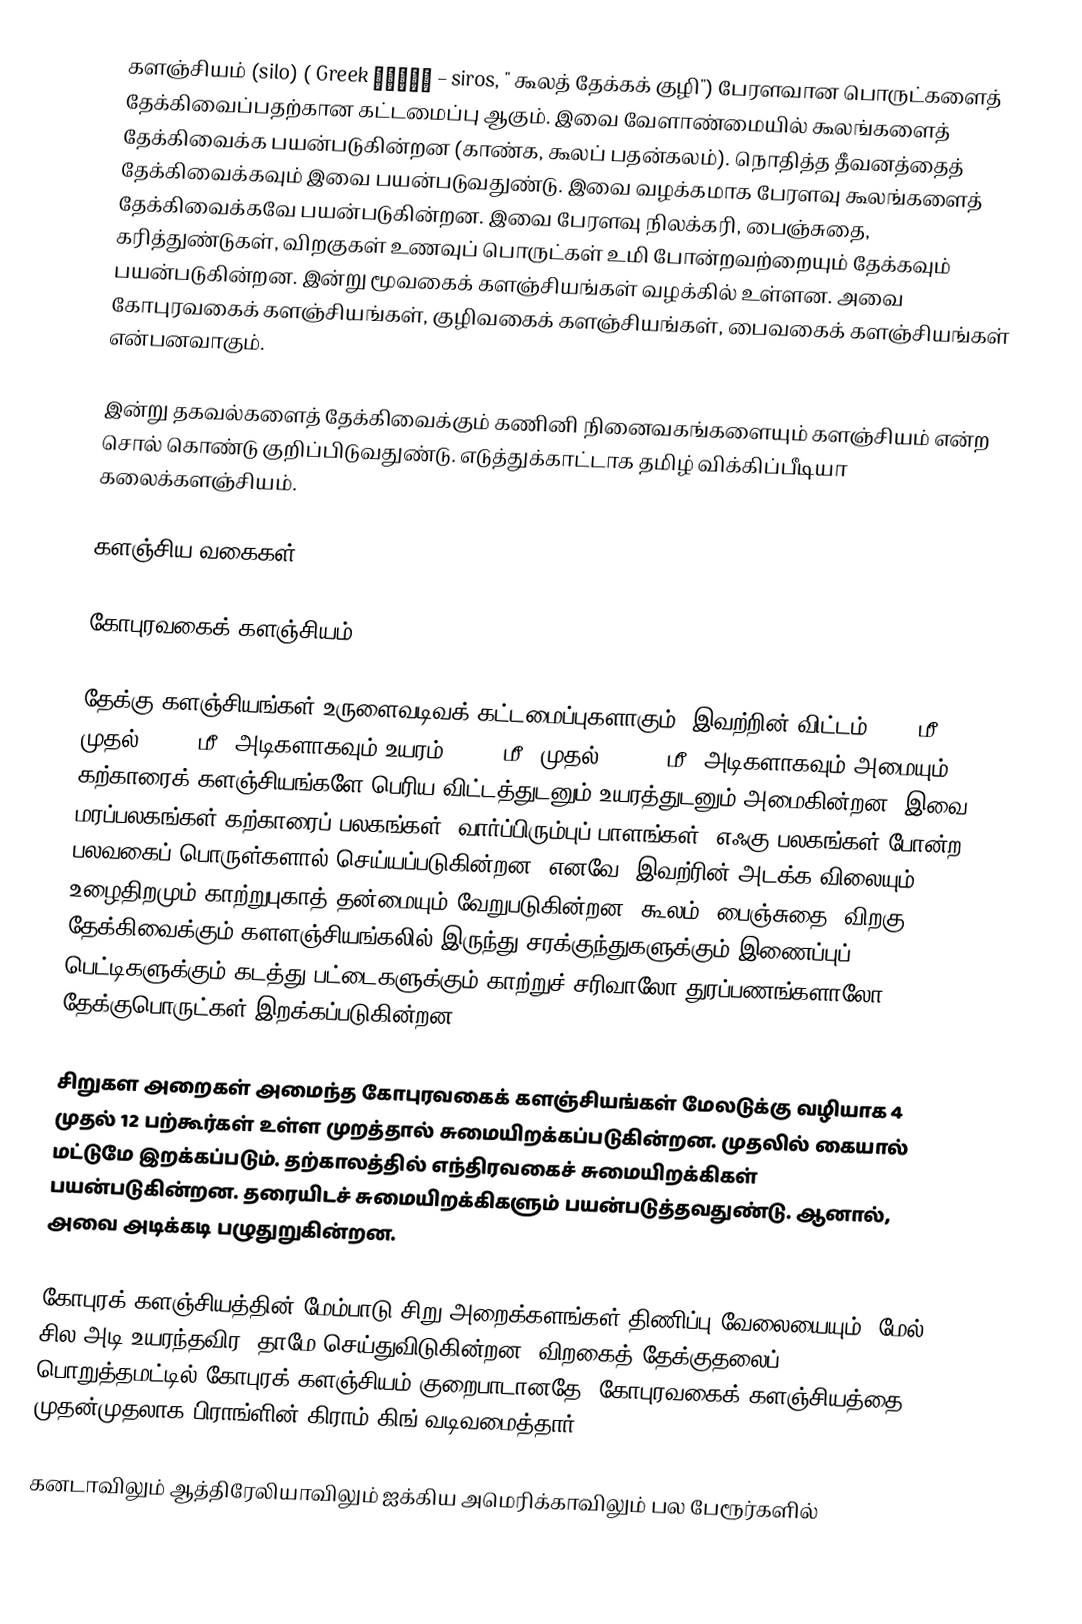
களஞ்சியம் (silo) ( Greek σιρός – siros, " கூலத் தேக்கக் குழி") பேரளவான பொருட்களைத் தேக்கிவைப்பதற்கான கட்டமைப்பு ஆகும். இவை வேளாண்மையில் கூலங்களைத் தேக்கிவைக்க பயன்படுகின்றன (காண்க, கூலப் பதன்கலம்). நொதித்த தீவனத்தைத் தேக்கிவைக்கவும் இவை பயன்படுவதுண்டு. இவை வழக்கமாக பேரளவு கூலங்களைத் தேக்கிவைக்கவே பயன்படுகின்றன. இவை பேரளவு நிலக்கரி, பைஞ்சுதை, கரித்துண்டுகள், விறகுகள் உணவுப் பொருட்கள் உமி போன்றவற்றையும் தேக்கவும் பயன்படுகின்றன. இன்று மூவகைக் களஞ்சியங்கள் வழக்கில் உள்ளன. அவை கோபுரவகைக் களஞ்சியங்கள், குழிவகைக் களஞ்சியங்கள், பைவகைக் களஞ்சியங்கள் என்பனவாகும்.

இன்று தகவல்களைத் தேக்கிவைக்கும் கணினி நினைவகங்களையும் களஞ்சியம் என்ற சொல் கொண்டு குறிப்பிடுவதுண்டு. எடுத்துக்காட்டாக தமிழ் விக்கிப்பீடியா கலைக்களஞ்சியம்.

களஞ்சிய வகைகள்

கோபுரவகைக் களஞ்சியம்

தேக்கு களஞ்சியங்கள் உருளைவடிவக் கட்டமைப்புகளாகும். இவற்றின் விட்டம் 10 (3மீ) முதல் 90 (30மீ) அடிகளாகவும் உயரம் 30 (10மீ) முதல் 275 (90மீ) அடிகளாகவும் அமையும். கற்காரைக் களஞ்சியங்களே பெரிய விட்டத்துடனும் உயரத்துடனும் அமைகின்றன. இவை மரப்பலகங்கள் கற்காரைப் பலகங்கள், வார்ப்பிரும்புப் பாளங்கள், எஃகு பலகங்கள் போன்ற பலவகைப் பொருள்களால் செய்யப்படுகின்றன. எனவே, இவற்ரின் அடக்க விலையும் உழைதிறமும் காற்றுபுகாத் தன்மையும் வேறுபடுகின்றன. கூலம், பைஞ்சுதை, விறகு தேக்கிவைக்கும் களளஞ்சியங்கலில் இருந்து சரக்குந்துகளுக்கும் இணைப்புப் பெட்டிகளுக்கும் கடத்து பட்டைகளுக்கும் காற்றுச் சரிவாலோ துரப்பணங்களாலோ தேக்குபொருட்கள் இறக்கப்படுகின்றன.

சிறுகள அறைகள் அமைந்த கோபுரவகைக் களஞ்சியங்கள் மேலடுக்கு வழியாக 4 முதல் 12 பற்கூர்கள் உள்ள முறத்தால் சுமையிறக்கப்படுகின்றன. முதலில் கையால் மட்டுமே இறக்கப்படும். தற்காலத்தில் எந்திரவகைச் சுமையிறக்கிகள் பயன்படுகின்றன. தரையிடச் சுமையிறக்கிகளும் பயன்படுத்தவதுண்டு. ஆனால், அவை அடிக்கடி பழுதுறுகின்றன.

கோபுரக் களஞ்சியத்தின் மேம்பாடு சிறு அறைக்களங்கள் திணிப்பு வேலையையும், மேல் சில அடி உயரந்தவிர, தாமே செய்துவிடுகின்றன.  விறகைத் தேக்குதலைப் பொறுத்தமட்டில் கோபுரக் களஞ்சியம் குறைபாடானதே. கோபுரவகைக் களஞ்சியத்தை முதன்முதலாக பிராங்ளின் கிராம் கிங் வடிவமைத்தார்.

கனடாவிலும் ஆத்திரேலியாவிலும் ஐக்கிய அமெரிக்காவிலும் பல பேரூர்களில்